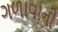
ગળાવાની